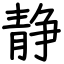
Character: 静